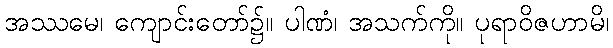
အဿမေ၊ ကျောင်းတော်၌။ ပါဏံ၊ အသက်ကို။ ပုရာဝိဇဟာမိ၊